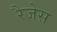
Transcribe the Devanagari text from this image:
रैजेस